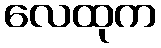
လေထုက